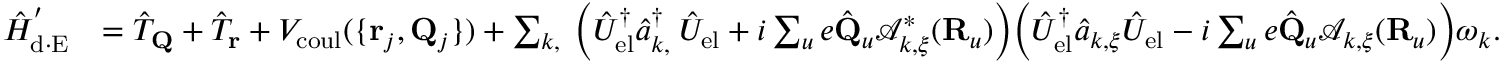
\begin{array} { r l } { \hat { H } _ { \mathrm { d \cdot E } } ^ { ' } } & { = \hat { T } _ { \bf Q } + \hat { T } _ { \bf r } + V _ { \mathrm { c o u l } } ( \{ { { \bf r } _ { j } , { \bf Q } _ { j } } \} ) + \sum _ { { \boldsymbol k } , { \bf \xi } } \Big ( \hat { U } _ { \mathrm { e l } } ^ { \dagger } \hat { a } _ { { \boldsymbol k } , { \bf \xi } } ^ { \dagger } \hat { U } _ { \mathrm { e l } } + i \sum _ { u } e \hat { \bf Q } _ { u } \mathcal { A } _ { { \boldsymbol k } , { \boldsymbol \xi } } ^ { * } ( { \bf R } _ { u } ) \Big ) \Big ( \hat { U } _ { \mathrm { e l } } ^ { \dagger } \hat { a } _ { { \boldsymbol k } , { \boldsymbol { \xi } } } \hat { U } _ { \mathrm { e l } } - i \sum _ { u } e \hat { \bf Q } _ { u } \mathcal { A } _ { { \boldsymbol k } , { \boldsymbol \xi } } ( { \bf R } _ { u } ) \Big ) \omega _ { \boldsymbol k } . } \end{array}